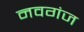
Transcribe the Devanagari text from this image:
नवगंज